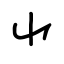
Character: ⺌